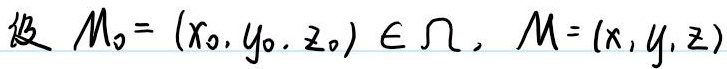
设 $M_0=(x_0,y_0,z_0)\in\Omega$, $M=(x,y,z)$